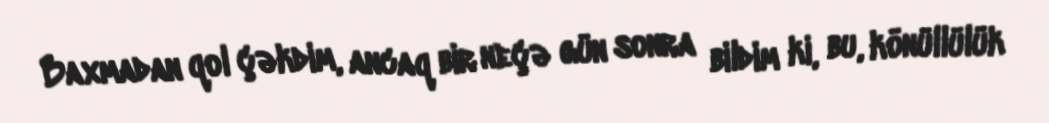
Baxmadan qol çəkdim, ancaq bir neçə gün sonra bildim ki, bu, könüllülük